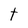
Character: t